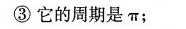
③它的周期是\pi;